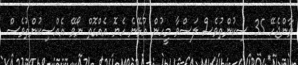
ވާންޖެހޭ 35 ސިކުންތުވެސް ލަސްވާ މީހުން އުޅޭނެ ހެޔޮ އެއްގޮތް ނޯވޭ އެއްސިކުންތުވެސް